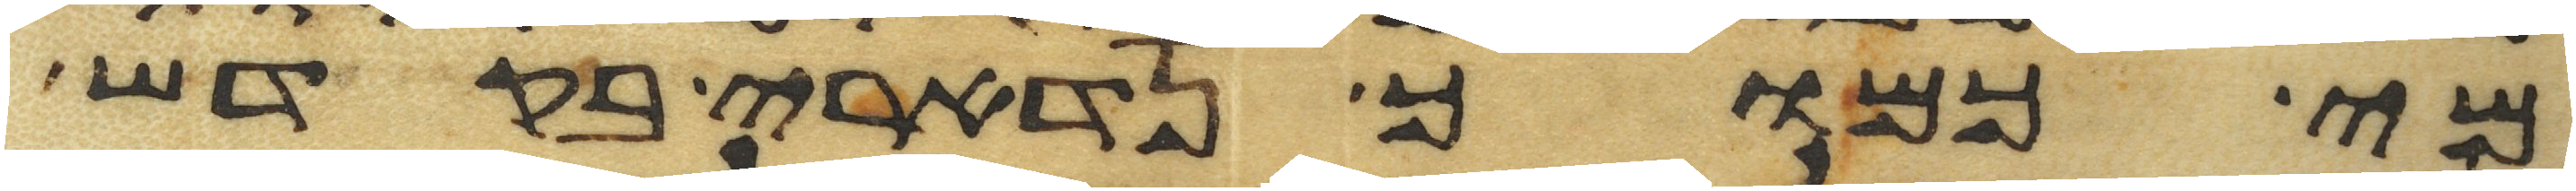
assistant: מי כמוך נדארי בקדש